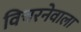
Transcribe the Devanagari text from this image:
विचरनेवाला